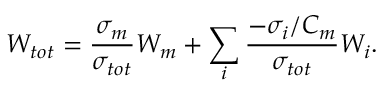
W _ { t o t } = \frac { \sigma _ { m } } { \sigma _ { t o t } } W _ { m } + \sum _ { i } { \frac { - \sigma _ { i } / C _ { m } } { \sigma _ { t o t } } W _ { i } } .